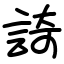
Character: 䛴